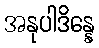
အနုပါဒိန္နေ